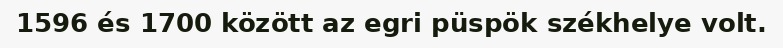
1596 és 1700 között az egri püspök székhelye volt.